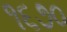
૧૬૭૦